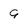
Character: 9